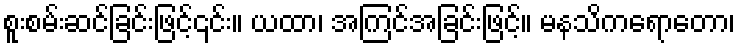
စူးစမ်းဆင်ခြင်းဖြင့်၎င်း။ ယထာ၊ အကြင်အခြင်းဖြင့်။ မနသိကရောတော၊